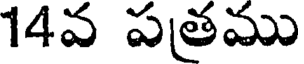
14వ పతము